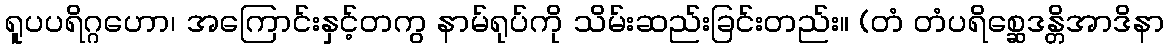
ရူပပရိဂ္ဂဟော၊ အကြောင်းနှင့်တကွ နာမ်ရုပ်ကို သိမ်းဆည်းခြင်းတည်း။ (တံ တံပရိစ္ဆေဒန္တိအာဒိနာ